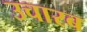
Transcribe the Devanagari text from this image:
उचारब